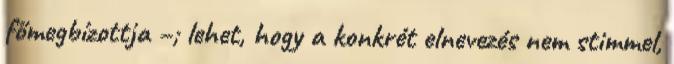
főmegbízottja –; lehet, hogy a konkrét elnevezés nem stimmel,